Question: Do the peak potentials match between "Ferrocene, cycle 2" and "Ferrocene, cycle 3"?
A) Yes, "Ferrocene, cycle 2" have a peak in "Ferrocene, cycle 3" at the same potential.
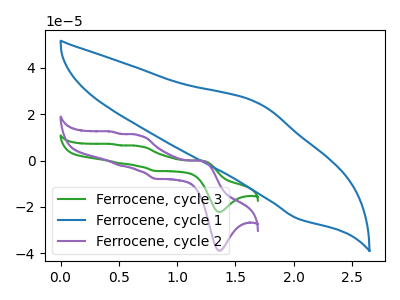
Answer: <think>The green curve "Ferrocene, cycle 3" has anodic peaks at (1.20V, -0.05uA) (0.65V, 6.25uA) (0.50V, -1.20uA) (0.45V, 7.10uA) and cathodic peaks at (1.35V, -22.25uA) (0.80V, -4.50uA). The blue curve "Ferrocene, cycle 1" has an anodic peak at (1.70V, 24.65uA) and a cathodic peak at (2.05V, -25.25uA). The purple curve "Ferrocene, cycle 2" has anodic peaks at (1.20V, -0.05uA) (0.65V, 10.95uA) (0.50V, -2.10uA) (0.45V, 12.45uA) and cathodic peaks at (1.35V, -38.95uA) (0.80V, -7.90uA).</think>
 <answer>A) Yes, "Ferrocene, cycle 2" have a peak in "Ferrocene, cycle 3" at the same potential.</answer>
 <eval>A</eval>